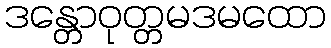
ဒန္တောဝုတ္တမဒမထော